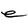
Character: e